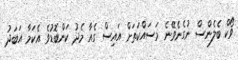
ވޯކް ބެލެންސް ނުގެނެވޭނެ މަސައްކަތަށް އައިސް ގެއާ މެދު ކަންބޮޑުވެ އެކަމާ އަބަދު